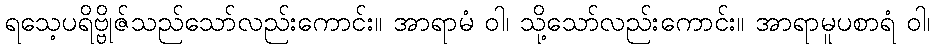
ရသေ့ပရိဗ္ဗိုဇ်သည်သော်လည်းကောင်း။ အာရာမံ ဝါ၊ သို့သော်လည်းကောင်း။ အာရာမူပစာရံ ဝါ၊